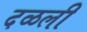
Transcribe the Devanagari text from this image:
दळली